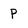
Character: p